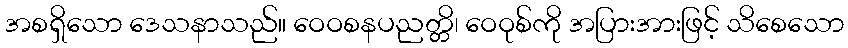
အစရှိသော ဒေသနာသည်။ ဝေဝစနပညတ္တိ၊ ဝေဝုစ်ကို အပြားအားဖြင့် သိစေသော